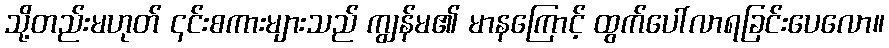
သို့တည်းမဟုတ် ၎င်းစကားများသည် ကျွန်မ၏ မာနကြောင့် ထွက်ပေါ်လာရခြင်းပေလော။